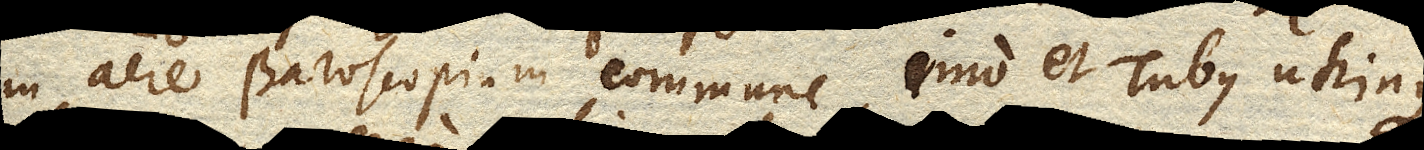
in aere Baroscopium commune, imo et Tubus utrinque